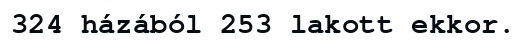
324 házából 253 lakott ekkor.